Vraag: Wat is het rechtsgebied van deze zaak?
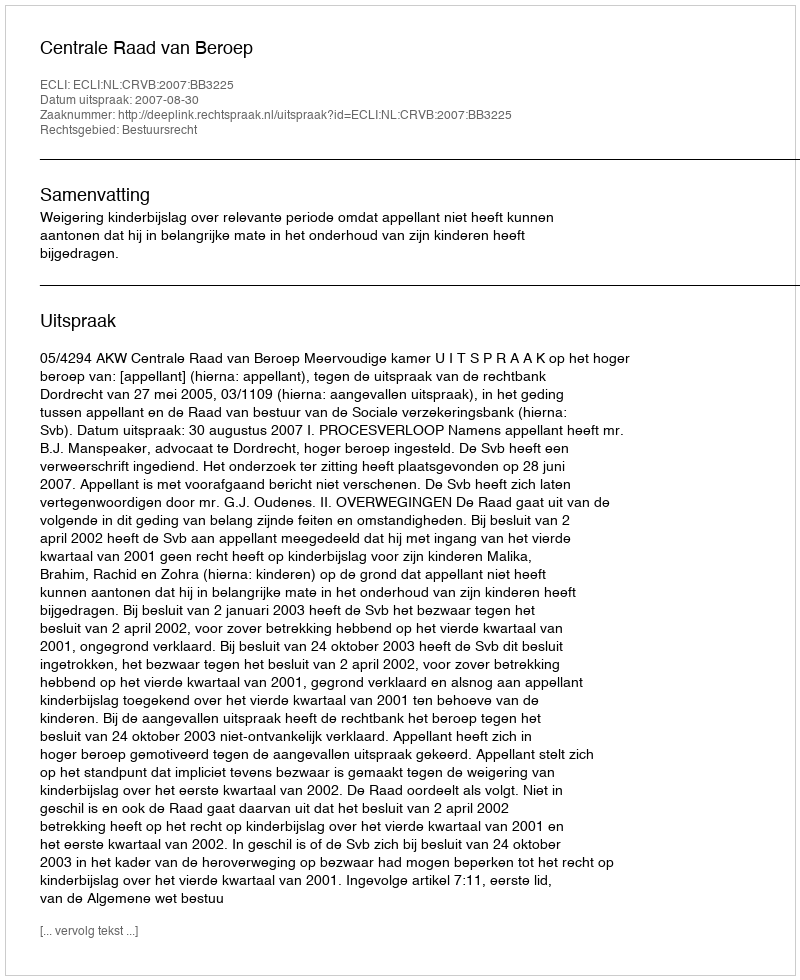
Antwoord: Bestuursrecht